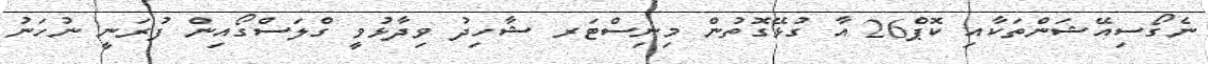
ނެގޯސިއޭޝަންތަކާއި ކޮޕް26 އާ ގުޅޭގޮތުން މިނިސްޓަރ ޝާހިދު ވިދާޅުވީ ގްލަސްގޯއިން ފުރަނީ ނުހަނު